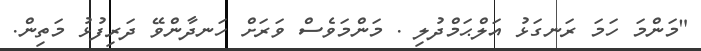
"މަންމަ ހަމަ ރަނގަޅު އަލްޙަމްދުލި . މަންމަވެސް ވަރަށް ހަނދާންވޭ ދަރިފުޅު މަތިން.